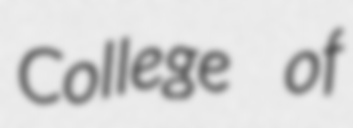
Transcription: College of